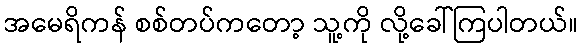
အမေရိကန် စစ်တပ်ကတော့ သူ့ကို လို့ခေါ်ကြပါတယ်။